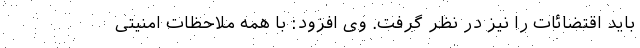
باید اقتضائات را نیز در نظر گرفت. وی افزود: با همه ملاحظات امنیتی